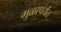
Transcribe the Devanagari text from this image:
मुळापर्यंत